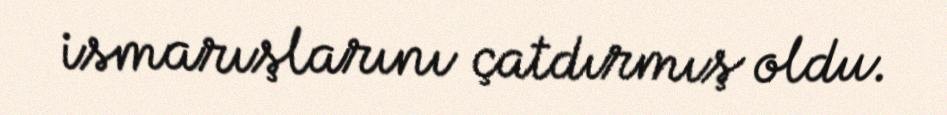
ismarışlarını çatdırmış oldu.